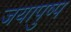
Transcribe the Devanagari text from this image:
जयापुष्प